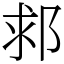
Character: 䣇